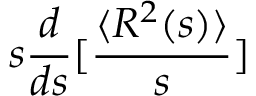
s \frac { d } { d s } [ \frac { \langle R ^ { 2 } ( s ) \rangle } { s } ]